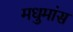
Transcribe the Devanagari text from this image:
मधुमांस